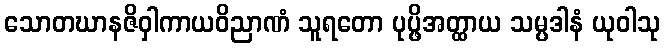
သောတဃာနဇိဝှါကာယဝိညာဏံ သူရတော ပုပ္ဖိအတ္ထာယ သမ္ပဒါနံ ယုဝါသု